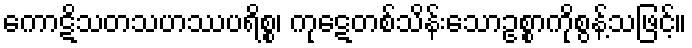
ကောဋိသတသဟဿပရိစ္စ၊ ကုဋေတစ်သိန်းသောဥစ္စာကိုစွန့်သဖြင့်။